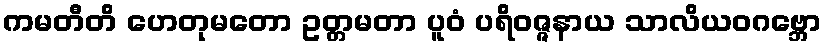
ကမတီတိ ဟေတုမတော ဥတ္တမတာ ပူဝံ ပရိဝဇ္ဇနာယ သာလိယဝဂဗ္ဘော